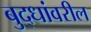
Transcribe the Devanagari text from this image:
बुद्धांवरील